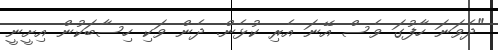
"ދެވަނަ ހާފުގަ ވެސް އޭނަ އެރި ކުޅެން. ދެން ވަކި ހިސާބަކުން އިށީނީ